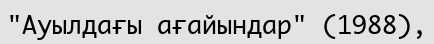
"Ауылдағы ағайындар" (1988),